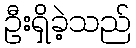
ဦးရှိခဲ့သည်